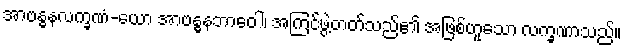
အာဗန္ဓနလက္ခဏံ-ယော အာဗန္ဓနဘာဝေါ၊ အကြင်ဖွဲ့တတ်သည်၏ အဖြစ်ဟူသော လက္ခဏာသည်။